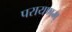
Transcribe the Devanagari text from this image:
परायणम्